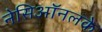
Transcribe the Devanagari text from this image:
नेसिऑनलके